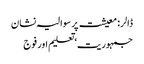
ڈالر : معیشت پر سوالیہ نشان
جمہوریت‘ تعلیم اور فوج